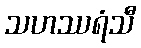
သဟဿရံသီ